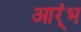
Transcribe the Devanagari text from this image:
आर्ंभ